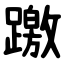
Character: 躈